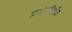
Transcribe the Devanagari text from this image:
प्रसंगतिर्गत